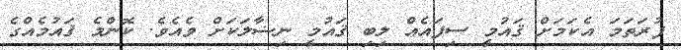
ފުރަތަމަ އެކަމަށް ޤައުމީ ސިފައެއް ލިބި ޤައުމީ ނިޟާލަކަށް ވެއެވެ. ކޮންމެ ޤައުމެއްގެ